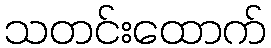
သတင်းထောက်